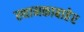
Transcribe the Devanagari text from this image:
स्थानकाबाहेर